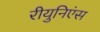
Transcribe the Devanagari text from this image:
रीयुनिएंस